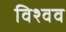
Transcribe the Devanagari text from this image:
विश्वव